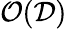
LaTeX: \mathcal{O}(\mathcal{D})